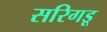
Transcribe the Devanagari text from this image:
सरिगडू